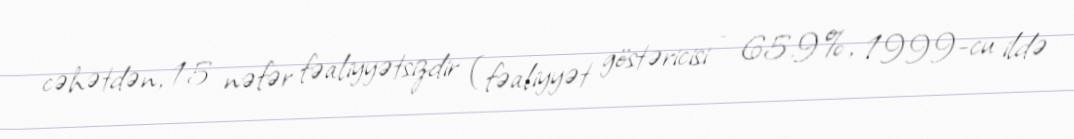
cəhətdən, 15 nəfər fəaliyyətsizdir (fəaliyyət göstəricisi - 65.9%, 1999-cu ildə